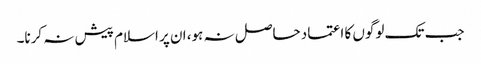
جب تک لوگوں کا اعتماد حاصل نہ ہو، ان پر اسلام پیش نہ کرنا۔